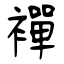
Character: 襌